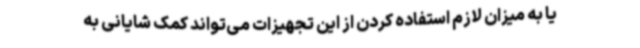
یا به میزان لازم استفاده کردن از این تجهیزات می‌تواند کمک شایانی به